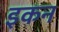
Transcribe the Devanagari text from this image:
इकन